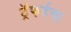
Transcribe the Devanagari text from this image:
ट्रॅफर्डचा